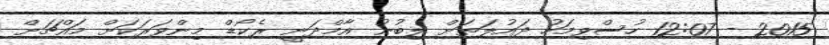
2015 - 12:07 ހުސްވިމަހު ދައުލަތަށް ލިބުނު އާމްދަނީ ރެކޯޑް މިންވަރަކަށް މައްޗަށް